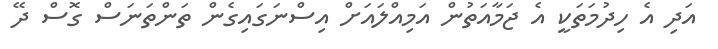
އަދި އެ ހިދުމަތަކީ އެ ޖަމާއަތުން އަމިއްލައަށް އިސްނަގައިގެން ތަންތަނަސް ގޮސް ދޭ